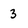
Character: 3